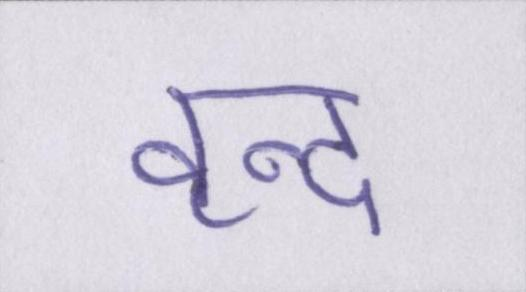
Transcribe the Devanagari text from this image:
वृन्द